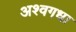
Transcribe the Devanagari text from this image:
अश्वगधा